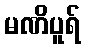
မဏိပူရ်